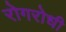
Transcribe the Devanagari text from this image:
रोगरोधी